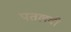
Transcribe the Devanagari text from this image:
पतलवी